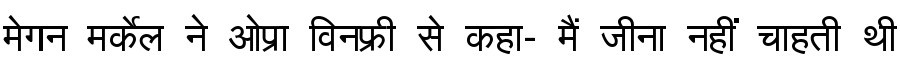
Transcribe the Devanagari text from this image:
मेगन मर्केल ने ओप्रा विनफ्री से कहा- मैं जीना नहीं चाहती थी